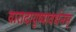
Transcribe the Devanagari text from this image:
वारादायुष्यावर्धनम्